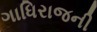
ગાધિરાજની